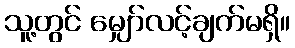
သူ့တွင် မျှော်လင့်ချက်မရှိ။